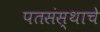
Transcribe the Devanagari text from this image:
पतसंस्थाचे